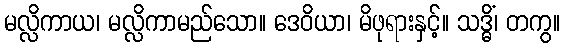
မလ္လိကာယ၊ မလ္လိကာမည်သော။ ဒေဝိယာ၊ မိဖုရားနှင့်။ သဒ္ဓိံ၊ တကွ။